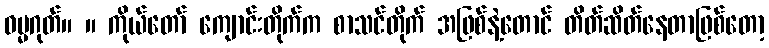
ဓမ္မဂုတ်။ ။ ကိုယ်တော် ကျောင်းတိုက်က စာသင်တိုက် အဖြစ်နဲ့တောင် တိတ်ဆိတ်နေတာဖြစ်တော့